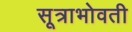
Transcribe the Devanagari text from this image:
सूत्राभोवती